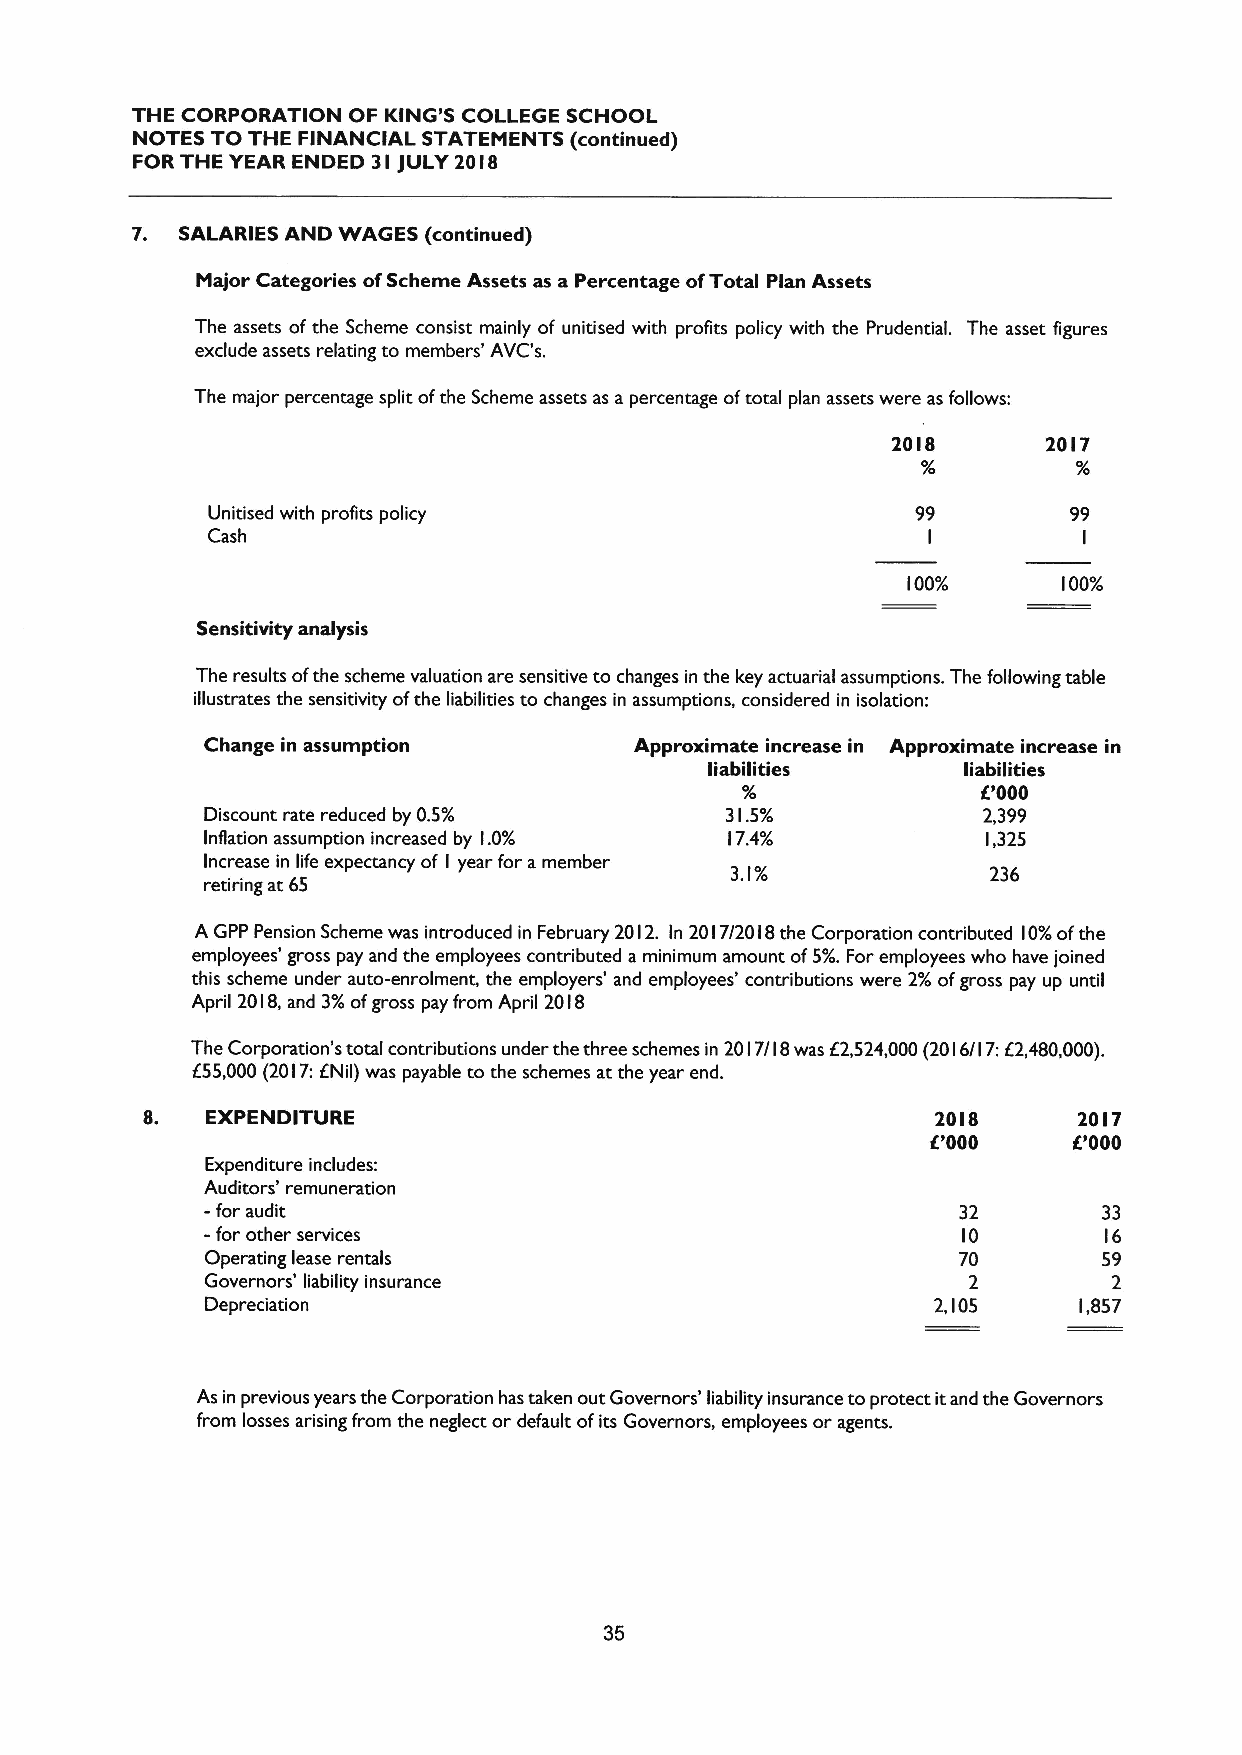
THE CORPORATION OF KING'S COLLEGE SCHOOL
 NOTES TO THE FINANCIAL STATEMENTS (continued)
 FOR THE YEAR ENDED 3I jULY 20 IS
 7. SALARIES AND WAGES (continued)
 Major Categories ofScheme Assets as a Percentage ofTotal Plan Assets
 The assets ofthe Scheme consist mainly of unitised with profits policy with the Prudential. The asset figures
 exclude assets relating to members' AVC's.
 The major percentage split ofthe Scheme assets as a percentage oftotal plan assets were as follows:
 2018      20I7
 Unitised with profits policy                   99        99
 Cash
 I          I
 00%       00%
 I         I
 Sensitivity analysis
 The results ofthe scheme valuation are sensitive to changes in the key actuarial assumptions. The following table
 illustrates the sensitivity ofthe liabilities to changes in assumptions, considered in isolation:
 Change in assumption        Approximate increase in Approximate increase in
 liabilities      liabilities
 '000
 lf.
 Discount rate reduced by 0.5%     3I.5%            2,399
 Inflation assumption increased by l.0% I7.4%       I,325
 Increase in life expectancy of I year for a member 3.I% 236
 retiring at 65
 A GPP Pension Scheme was introduced in February 20I2. In 2017/20I8 the Corporation contributed l0%ofthe
 employees' gross pay and the employees contributed a minimum amount of5%.For employees who have joined
 this scheme under auto-enrolment, the employers' and employees' contributions were 2%ofgross pay up until
 April 20 I8,and 3%ofgross pay from April 2018
 The Corporation's total contributions under the three schemes in 20 I7/I 8was f 2,524,000(20 I6/I 7:62,480,000).
 655,000 (20l7:ENil) was payable to the schemes at the year end.
 EXPENDITURE                                     20IS     2017
 f.'000    000
 Expenditure includes:
 Auditors' remuneration
 -for
 audit                                          32        33
 -for other services                               IO       I6
 Operating lease rentals                          70        59
 Governors' liability insurance                    2         2
 Depreciation                                    2,I05    I,857
 As in previous years the Corporation has taken out Governors' liability insurance to protect itand the Governors
 from losses arising from the neglect or default ofits Governors, employees or agents.
 35